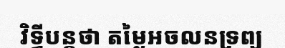
វិទ្ធីបន្តថា តម្លៃអចលនទ្រព្យ